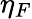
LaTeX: \eta_{F}